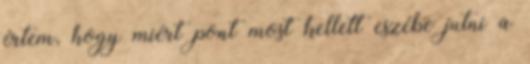
értem, hogy miért pont most kellett eszébe jutni a